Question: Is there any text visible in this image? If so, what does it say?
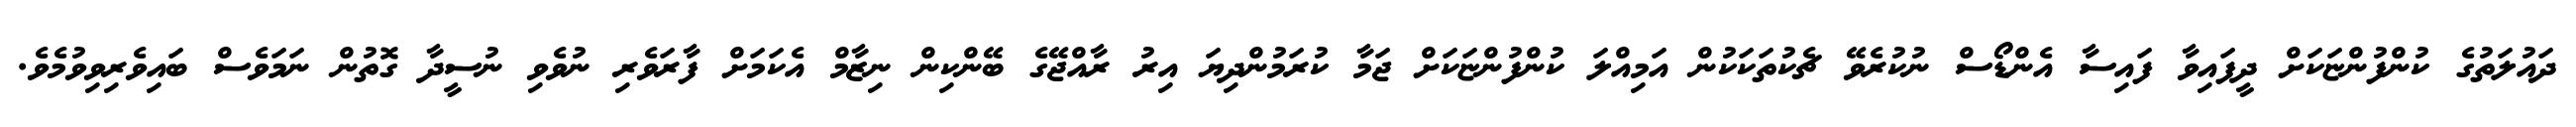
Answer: ދައުލަތުގެ ކުންފުންޏަކަށް ދީފައިވާ ފައިސާ އެންޑޯސް ނުކުރެވޭ ޗެކުތަކަކުން އަމިއްލަ ކުންފުންޏަކަށް ޖަމާ ކުރަމުންދިޔަ އިރު ރާއްޖޭގެ ބޭންކިން ނިޒާމް އެކަމަށް ފާރަވެރި ނުވެވި ނުސީދާ ގޮތުން ނަމަވެސް ބައިވެރިވިވުމެވެ.